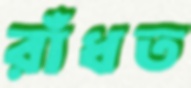
রাঁধত